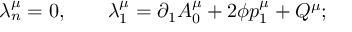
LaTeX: \lambda _ { n } ^ { \mu } = 0 , \qquad \lambda _ { 1 } ^ { \mu } = \partial _ { 1 } A _ { 0 } ^ { \mu } + 2 \phi p _ { 1 } ^ { \mu } + Q ^ { \mu } ;